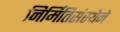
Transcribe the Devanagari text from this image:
निर्मितिसंस्थेने